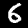
Digit: 6